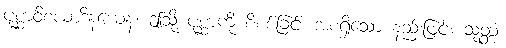
ပုစ္ဆာဝိစယာဒိနယေန၊ ဤသို့ ပုစ္ဆာကို စိစစ်ခြင်း အစရှိသော နည်းဖြင့်။ သုတ္တံ၊